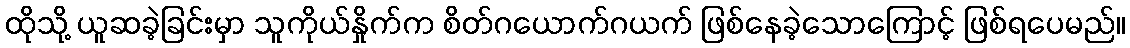
ထိုသို့ ယူဆခဲ့ခြင်းမှာ သူကိုယ်နှိုက်က စိတ်ဂယောက်ဂယက် ဖြစ်နေခဲ့သောကြောင့် ဖြစ်ရပေမည်။